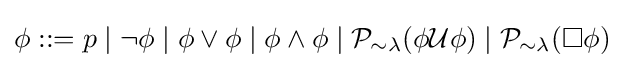
\phi ::=p\mid \neg \phi \mid \phi \lor \phi \mid \phi \land \phi \mid {\mathcal {P}}_{\sim \lambda }(\phi {\mathcal {U}}\phi )\mid {\mathcal {P}}_{\sim \lambda }(\square \phi )